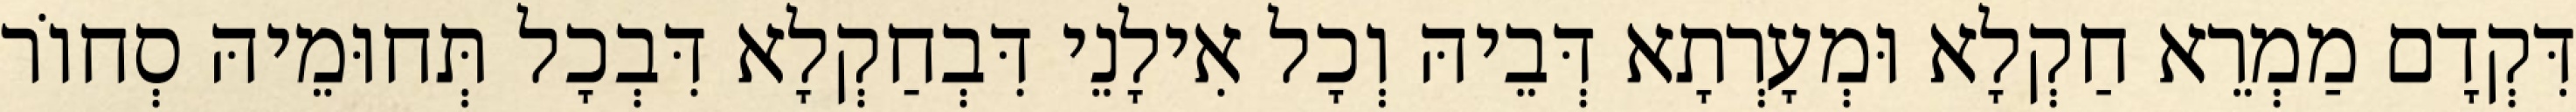
דִּקְדָם מַמְרֵא חַקְלָא וּמְעָרְתָא דְּבֵיהּ וְכָל אִילָנֵי דִּבְחַקְלָא דִּבְכָל תְּחוּמֵיהּ סְחוֹר